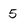
Character: 5